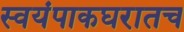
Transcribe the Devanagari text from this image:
स्वयंपाकघरातच